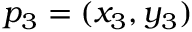
p _ { 3 } = ( x _ { 3 } , y _ { 3 } )